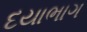
દયાભાગ